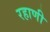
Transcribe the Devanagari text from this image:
रहाणी